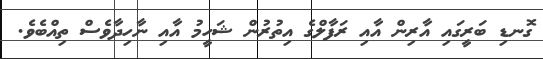
ގޮނޑި ބަރީގައި އާރިން އާއި ރަފާލްގެ އިތުރުން ޝަހީމު އާއި ނާހިދާވެސް ތިއްބެވެ.